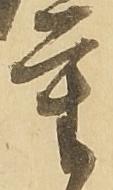
重